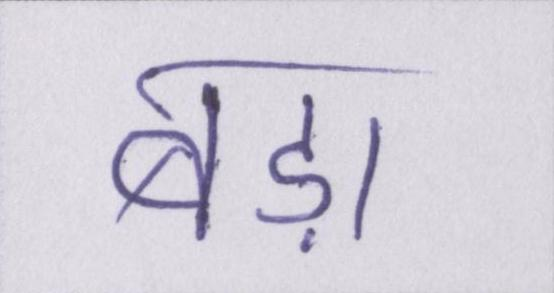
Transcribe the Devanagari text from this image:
बड़ा